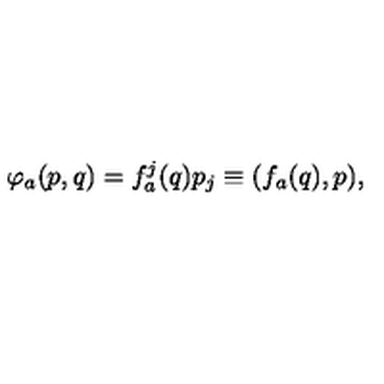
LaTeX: \varphi _ { a } ( p , q ) = f _ { a } ^ { j } ( q ) p _ { j } \equiv ( f _ { a } ( q ) , p ) ,